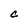
Character: C